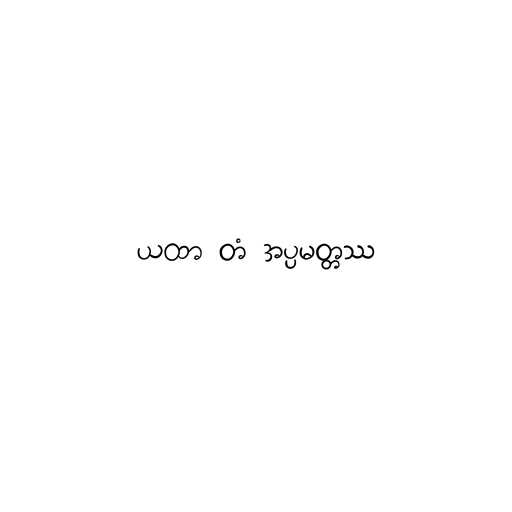
ယထာ တံ အပ္ပမတ္တဿ